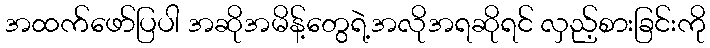
အထက်ဖော်ပြပါ အဆိုအမိန့်တွေရဲ့အလိုအရဆိုရင် လှည့်စားခြင်းကို